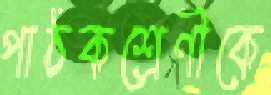
পাঠকশ্রেণীকে